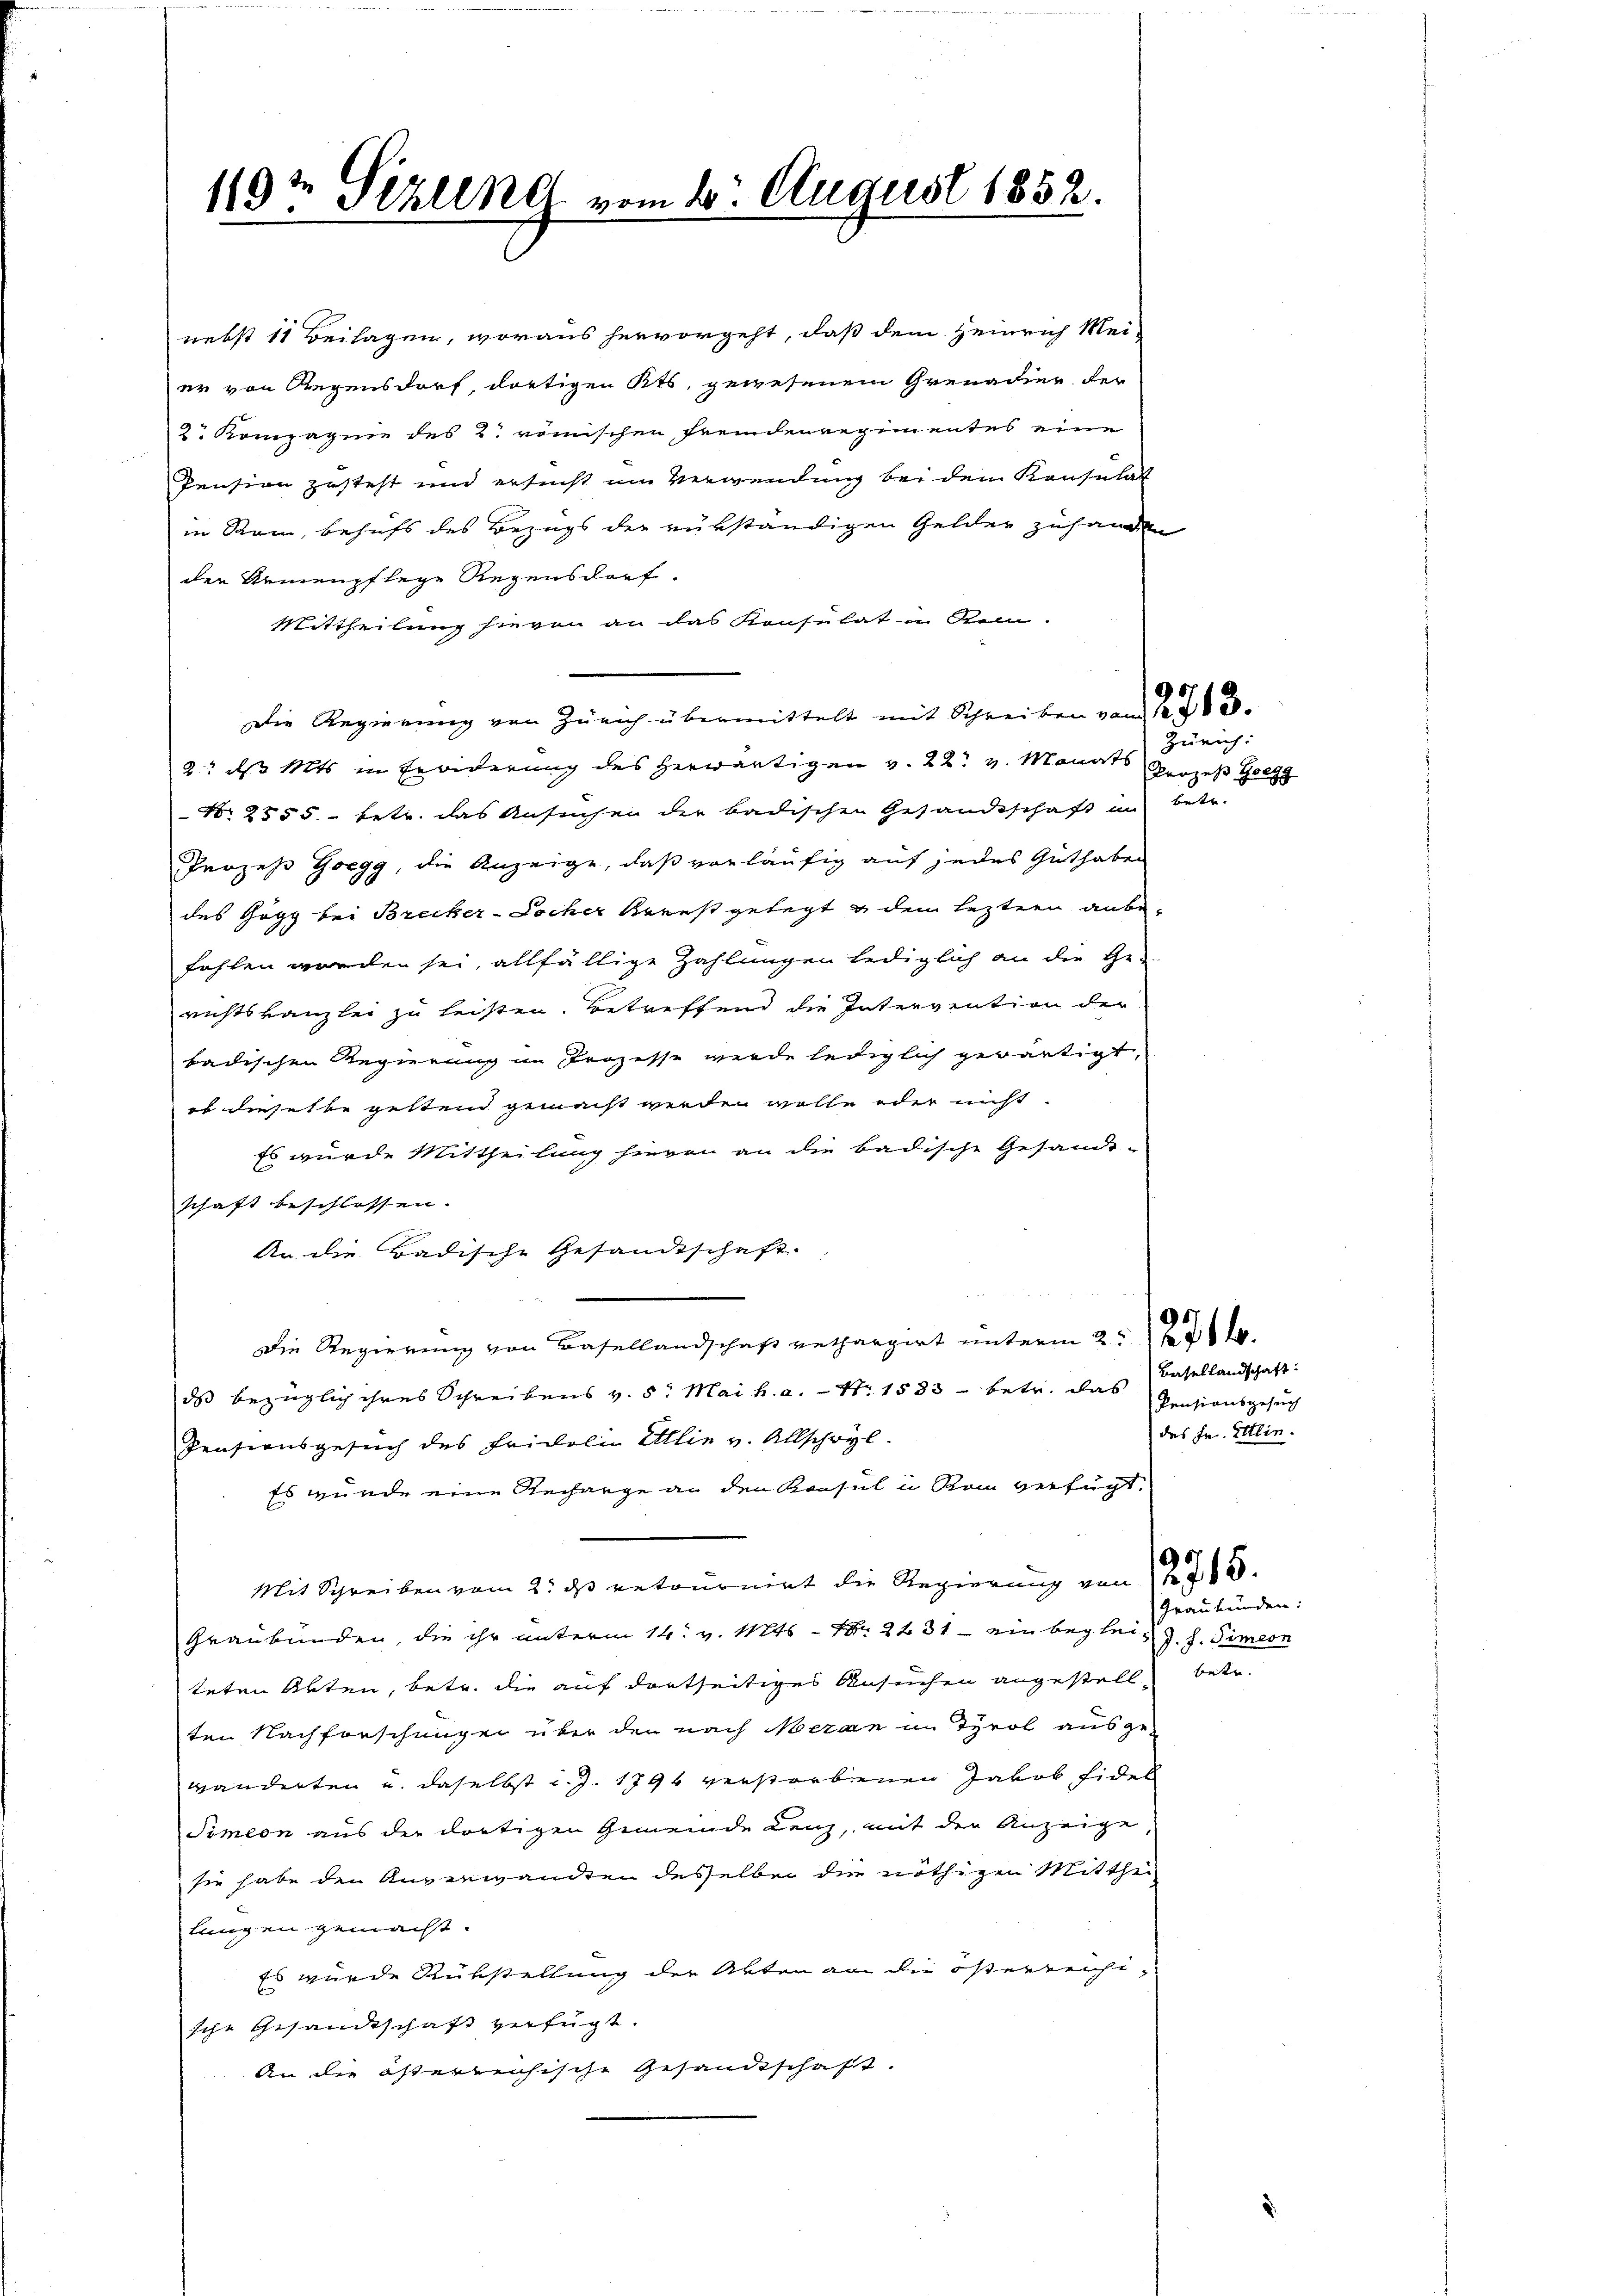
nebst 11 Beilagen, woraus hervorgeht, daß dem Heinrich Mei-
er von Gegensdorf, dortigen Kts. gewesenem Grenadier, der
2. Kompagnie des 2. römischen Fremdenregimentes eine
Pension zusteht und ersucht im Verwendung bei dem Konsulat
in Rom, behufs des Bezugs der rükständigen Gelder zuhanden
der Armenpflege Regensdorf.
Mittheilung hievon an das Konsulat in Rein.
Die Regierung von Zürich übermittelt mit Schreiben vom 12. 763.
2: das Mits in Erwiderung des herwärtigen v. 22. v. Monats Prozeß Ge
N 2555. betr. das Ansuchen der badischen Gesandtschaft in
Prozess Goegg, die Anzeige, daß vorläufig auf jedes Guthaben
des Gogg bei Brecker-Locher Kreist gelegt & dem leztern anbefehlen worden sei, allfällige Zahlungen lediglich an die Ge-
richtskanzlei zu leisten. Betreffend die Intervention der
badischen Regierung im Prozesse werde lediglich gewärtigt,
or dieselbe gestein gemacht werden wolle oder nicht.
Es wurde Mittheilung hievon an die badische Gesandt-
schaft beschlossen.
An die Badische Gesandtschaft.
Die Regierung von Basellandschaft rechargirt unterm 2. 1786.
dass bezüglich ihres Schreibens v. 5. Mai h. a. — Nr. 1583 betr. das Basellandschaft
Pensionsgesuch des Fridoli Ellin v. Allschwyl
Es wurde eine Recharge an den Konsul in Rom verfügt.
Mit Schreiben vom 2. ds retournirt die Regierung von 12. 765.
Graubünden, die ihr unterm 14. v. Mts. – Nr. 2231 - ein begleich z. s. Simeon
teten Akten, betr. die auf dortseitiges Ansuchen angestell betr.
ten Nachforschungen über den nach Meran in Tyrol ausgewänderten u. daselbst d. J. 1794 verstorbenen Jakob Fidel
Simeon aus der dortigen Gemeinde Lenz, mit der Anzeige
sie habe den Anverwandten desselben die nöthigen Mitthei-
lungen gemacht.
Es wurde Rükstellung der Akten an die österreichi-
sche Gesandtschaft verfügt.
An die österreichische Gesandtschaft.

119t Sezung vom 20. August 1852.

Zürich:
Bett.

Pensionsgesuch
des Fr. Ettin.
Graubünden: